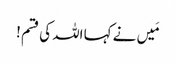
مَیں نے کہا اللہ کی قسم !